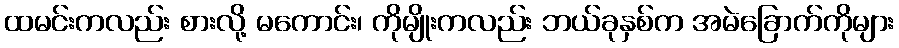
ထမင်းကလည်း စားလို့ မကောင်း၊ ကိုမျိုးကလည်း ဘယ်ခုနှစ်က အမဲခြောက်ကိုများ